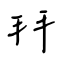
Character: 拜